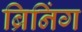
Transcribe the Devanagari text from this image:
ब्रिनिंग